Language: tamil
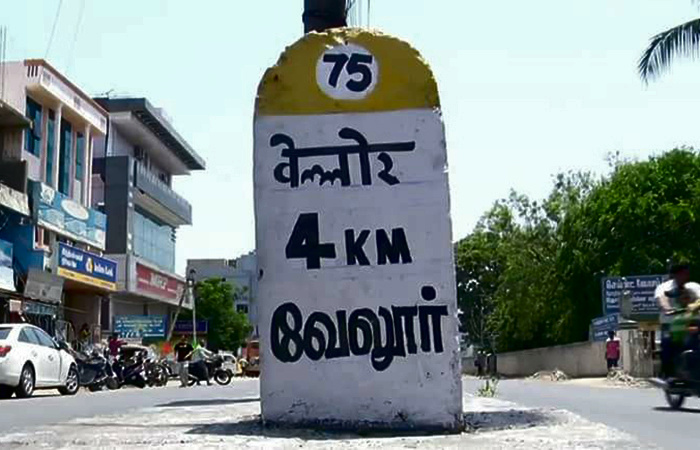
Transcription: வேலூர்